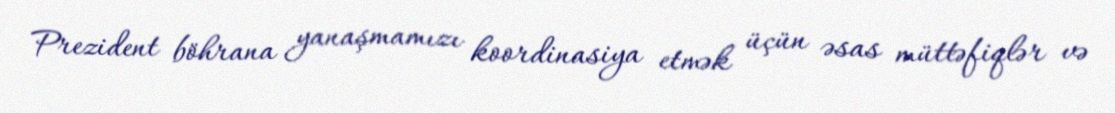
Prezident böhrana yanaşmamızı koordinasiya etmək üçün əsas müttəfiqlər və